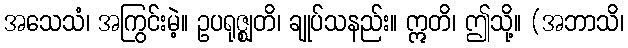
အသေသံ၊ အကြွင်းမဲ့။ ဥပရုဇ္ဈတိ၊ ချုပ်သနည်း။ ဣတိ၊ ဤသို့။ (အဘာသိ၊